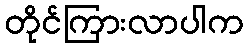
တိုင်ကြားလာပါက